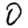
Digit: 0